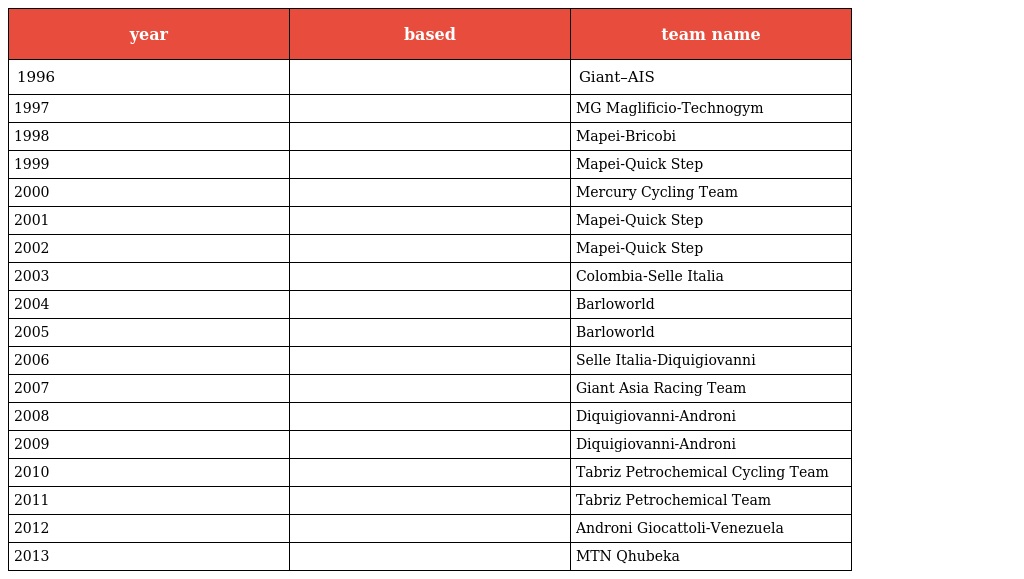
| year | based | team name |
 | --- | --- | --- |
 | 1996 |  | Giant–AIS |
 | 1997 |  | MG Maglificio-Technogym |
 | 1998 |  | Mapei-Bricobi |
 | 1999 |  | Mapei-Quick Step |
 | 2000 |  | Mercury Cycling Team |
 | 2001 |  | Mapei-Quick Step |
 | 2002 |  | Mapei-Quick Step |
 | 2003 |  | Colombia-Selle Italia |
 | 2004 |  | Barloworld |
 | 2005 |  | Barloworld |
 | 2006 |  | Selle Italia-Diquigiovanni |
 | 2007 |  | Giant Asia Racing Team |
 | 2008 |  | Diquigiovanni-Androni |
 | 2009 |  | Diquigiovanni-Androni |
 | 2010 |  | Tabriz Petrochemical Cycling Team |
 | 2011 |  | Tabriz Petrochemical Team |
 | 2012 |  | Androni Giocattoli-Venezuela |
 | 2013 |  | MTN Qhubeka |